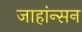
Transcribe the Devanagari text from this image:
जाहांन्सन